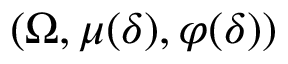
( \Omega , \mu ( \delta ) , \varphi ( \delta ) )